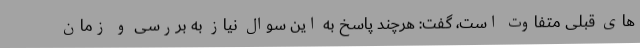
های قبلی متفاوت است، گفت: هرچند پاسخ به این سوال نیاز به بررسی و زمان